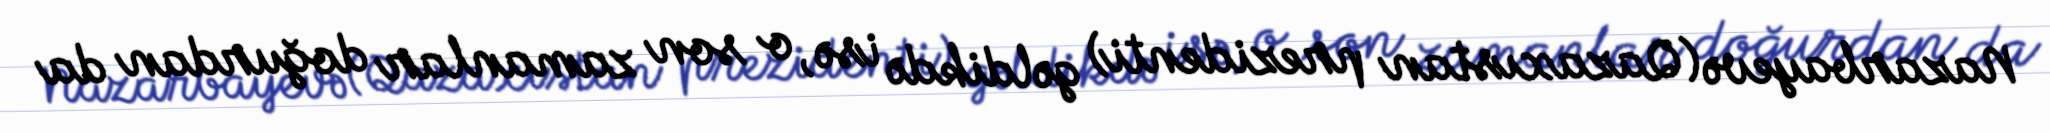
Nazarbayevə (Qazaxıstan prezidenti) gəldikdə isə, o son zamanlar doğurdan da